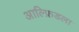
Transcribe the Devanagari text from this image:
आल्फ्रिडला